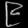
Digit: ၉